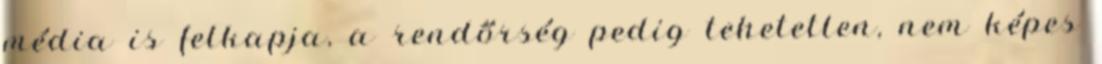
média is felkapja, a rendőrség pedig tehetetlen, nem képes